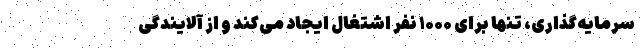
سرمایه‌گذاری، تنها برای ۱۰۰۰ نفر اشتغال ایجاد می‌کند و از آلایندگی